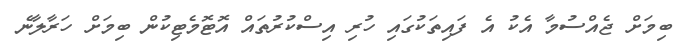
ބިމަށް ޖެއްސުމާ އެކު އެ ފައިތަކުގައި ހުރި އިސްކުރުތައް އޮޓޮމެޓިކުން ބިމަށް ހަރާލާނެ